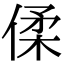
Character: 㑱